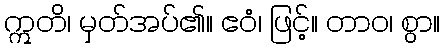
ဣတိ၊ မှတ်အပ်၏။ ဧဝံ၊ ဖြင့်။ တာဝ၊ စွာ။